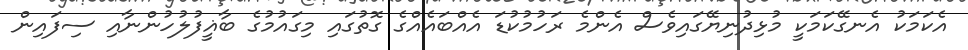
އެކަމަކު އެނގޭކަމަކީ މުޅިދުނިޔޭގައިވެސް އެންމެ ރަހުމުކުޑަ އެއްބައެއްގެ ގޮތުގައި މިގައުމުގެ ބާޣީފުލުހުންނާއި ސިފައިން